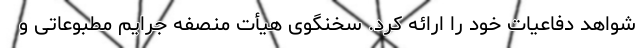
شواهد دفاعیات خود را ارائه کرد. سخنگوی هیأت منصفه جرایم مطبوعاتی و